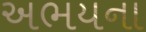
અભયના